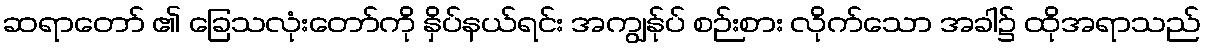
ဆရာတော် ၏ ခြေသလုံးတော်ကို နှိပ်နယ်ရင်း အကျွန်ုပ် စဉ်းစား လိုက်သော အခါ၌ ထိုအရာသည်